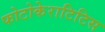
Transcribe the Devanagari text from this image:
फोटोकेराटिटिस